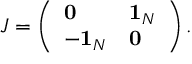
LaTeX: J = \left( \begin{array} { l l } { { { \bf 0 } } } & { { { \bf 1 } _ { N } } } \\ { { - { \bf 1 } _ { N } } } & { { { \bf 0 } } } \end{array} \right) .